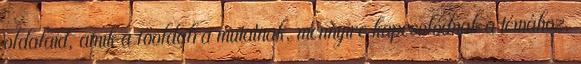
oldalaid, amik a főoldalra mutatnak, mennyire kapcsolódnak a témához.